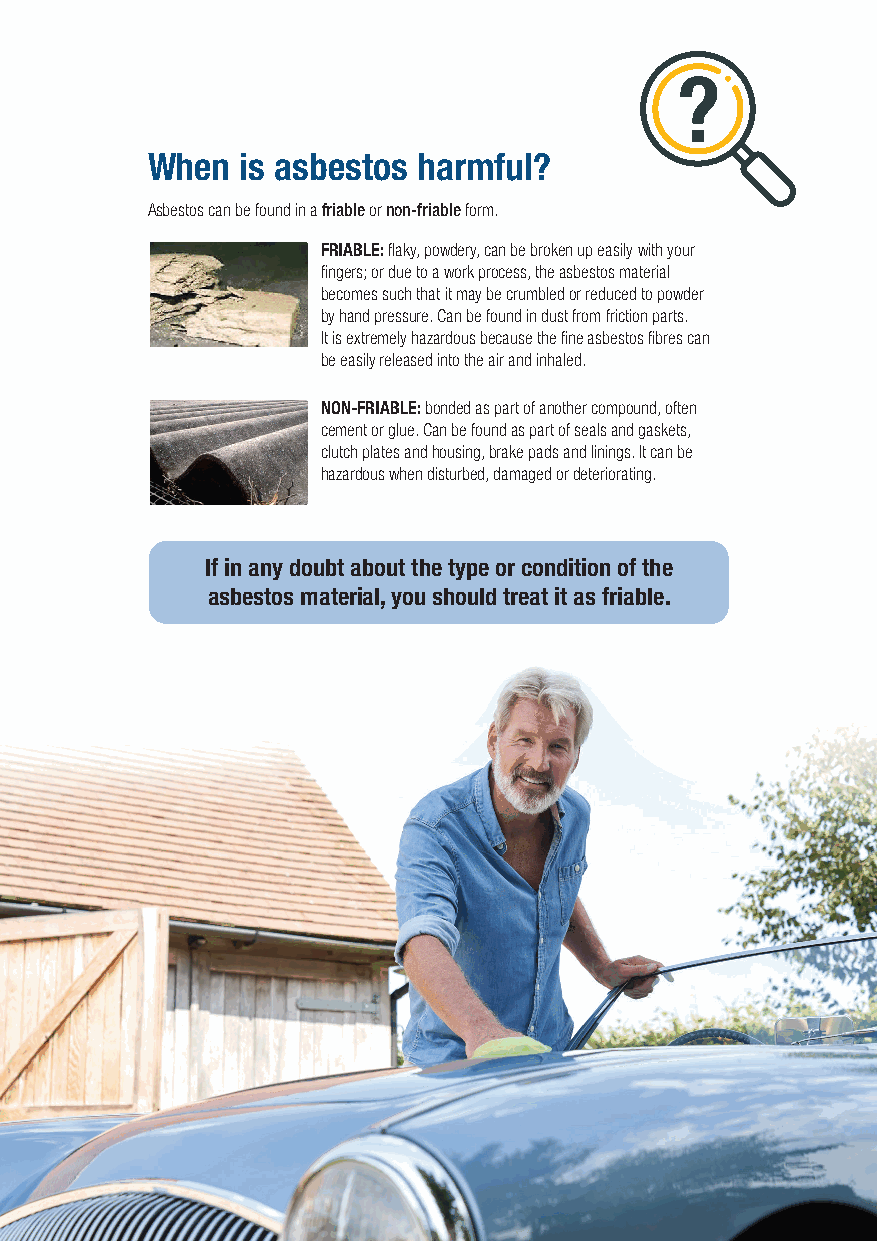
When  is asbestos harmful?
 Asbestos can be found in a friable or non-friable form.
 FRIABLE: flaky, powdery, can be broken up easily with your
 fingers; or due to a work process, the asbestos material
 becomes such that it may be crumbled or reduced to powder
 by hand pressure. Can be found in dust from friction parts.
 It is extremely hazardous because the fine asbestos fibres can
 be easily released into the air and inhaled.
 NON-FRIABLE: bonded as part of another compound, often
 cement or glue. Can be found as part of seals and gaskets,
 clutch plates and housing, brake pads and linings. It can be
 hazardous when disturbed, damaged or deteriorating.
 If in any doubt about the type or condition of the
 asbestos material, you should treat it as friable.